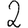
Digit: 2